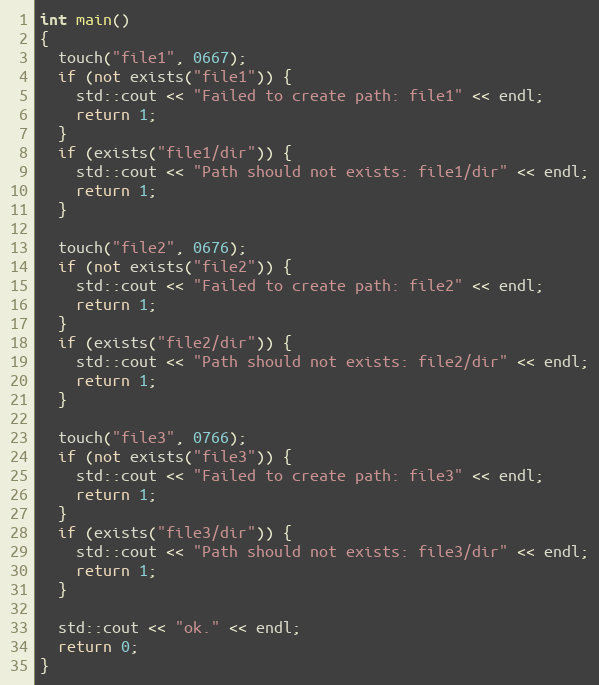
Language: C++
int main()
{
  touch("file1", 0667);
  if (not exists("file1")) {
    std::cout << "Failed to create path: file1" << endl;
    return 1;
  }
  if (exists("file1/dir")) {
    std::cout << "Path should not exists: file1/dir" << endl;
    return 1;
  }

  touch("file2", 0676);
  if (not exists("file2")) {
    std::cout << "Failed to create path: file2" << endl;
    return 1;
  }
  if (exists("file2/dir")) {
    std::cout << "Path should not exists: file2/dir" << endl;
    return 1;
  }

  touch("file3", 0766);
  if (not exists("file3")) {
    std::cout << "Failed to create path: file3" << endl;
    return 1;
  }
  if (exists("file3/dir")) {
    std::cout << "Path should not exists: file3/dir" << endl;
    return 1;
  }

  std::cout << "ok." << endl;
  return 0;
}